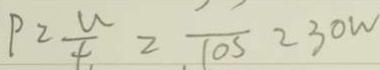
P 2 \frac { u } { t } 2 \frac { 1 1 } { 1 0 5 } 2 3 0 W